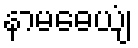
နာမဓေယျံ